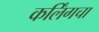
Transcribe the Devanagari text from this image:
कर्लिंगचा